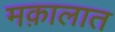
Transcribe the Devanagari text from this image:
मक़ालात